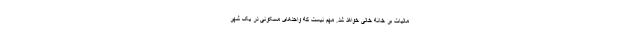
مالیات بر خانه خالی خواهد شد. مهم نیست که واحدهای مسکونی در یک شهر